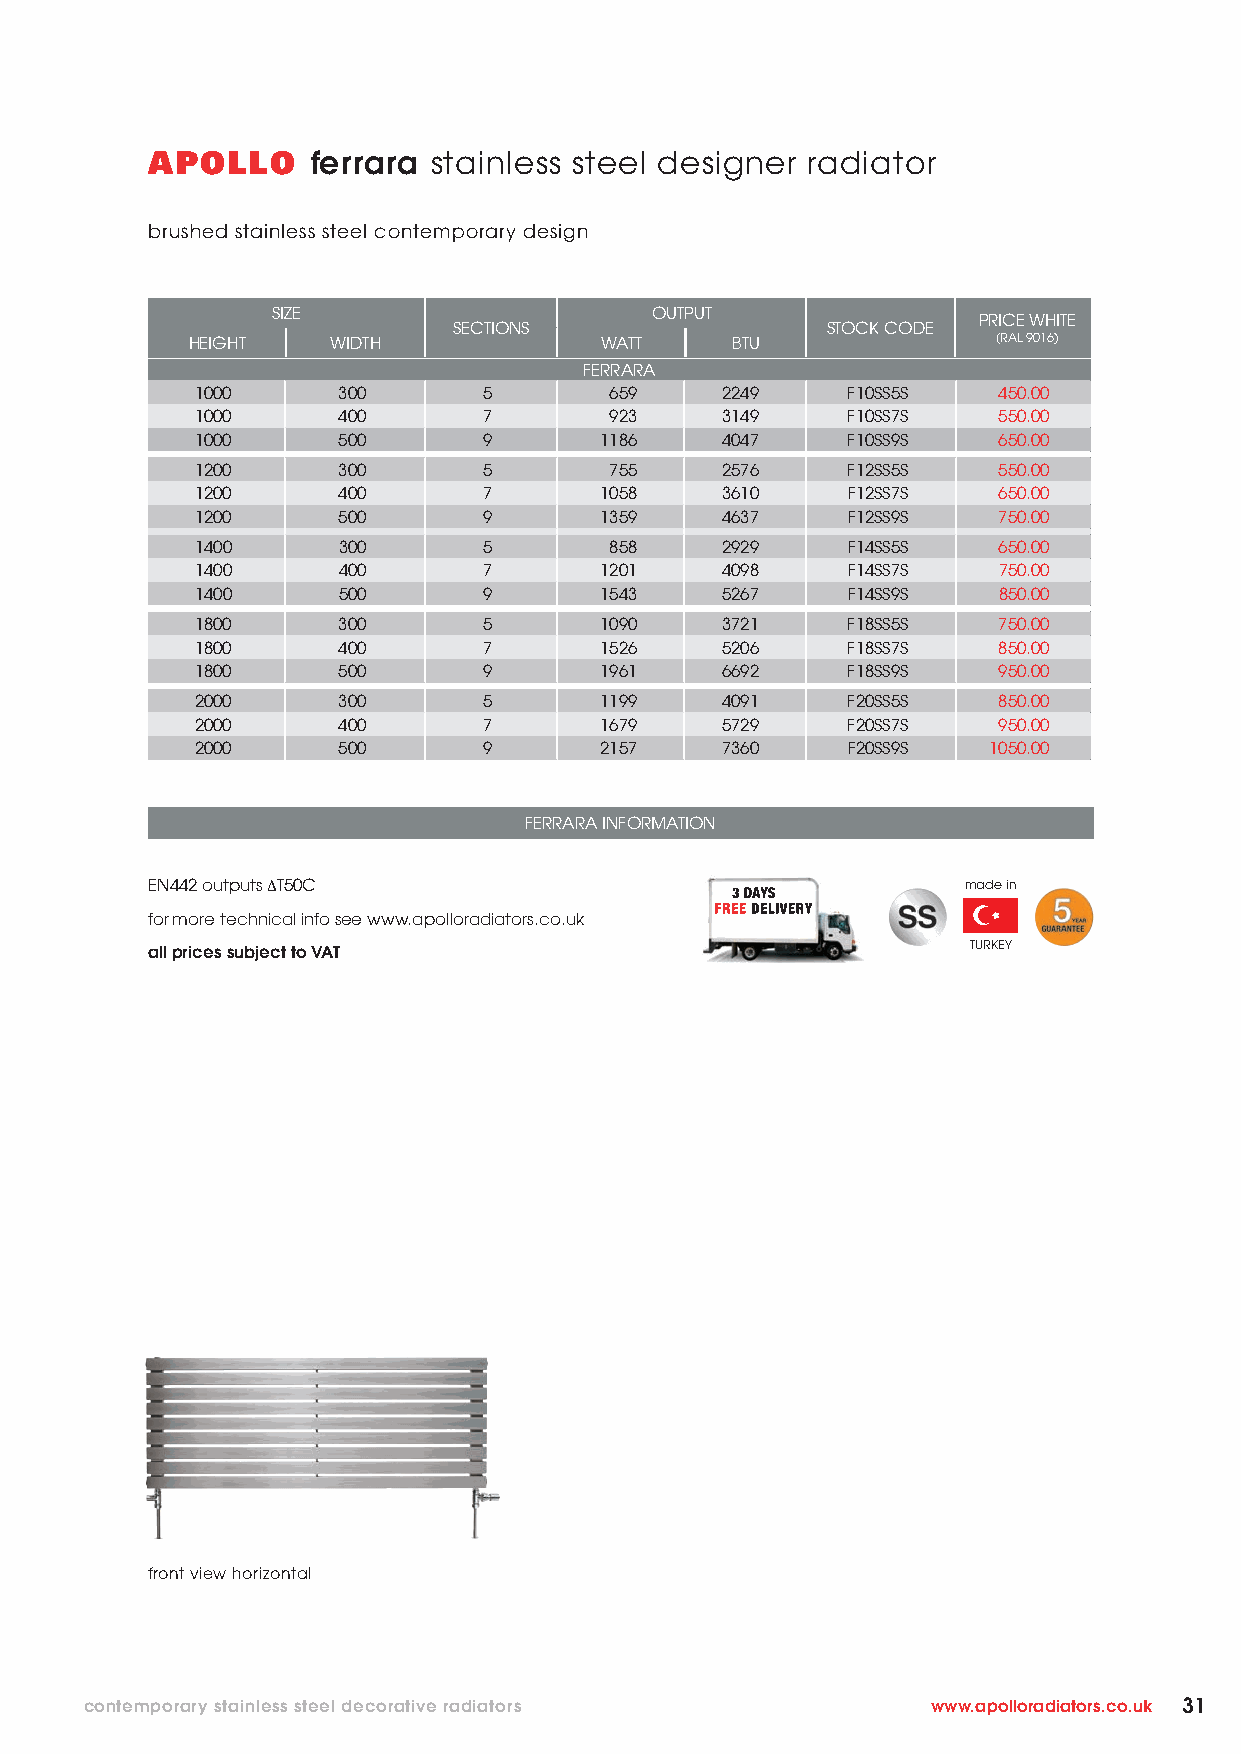
APOLLO     ferrara stainless steel designer radiator
 brushed stainless steel contemporary design
 SIZE                     OUTPUT
 PRICE WHITE
 SECTIONS                 STOCK CODE
 HEIGHT    WIDTH             WATT    BTU               (RAL 9016)
 FERRARA
 1000     300       5       659     2249    F10SS5S   450.00
 1000     400       7       923     3149    F10SS7S   550.00
 1000     500       9       1186    4047    F10SS9S   650.00
 1200     300       5       755     2576    F12SS5S   550.00
 1200     400       7       1058    3610    F12SS7S   650.00
 1200     500       9       1359    4637    F12SS9S   750.00
 1400     300       5       858     2929    F14SS5S   650.00
 1400     400       7       1201    4098    F14SS7S   750.00
 1400     500       9       1543    5267    F14SS9S   850.00
 1800     300       5       1090    3721    F18SS5S   750.00
 1800     400       7       1526    5206    F18SS7S   850.00
 1800     500       9       1961    6692    F18SS9S   950.00
 2000     300       5       1199    4091    F20SS5S   850.00
 2000     400       7       1679    5729    F20SS7S   950.00
 2000     500       9       2157    7360    F20SS9S  1050.00
 FERRARA INFORMATION
 EN442 outputs ΔT50C                                   made in
 for more technical info see www.apolloradiators.co.uk
 all prices subject to VAT                             TURKEY
 front view horizontal
 contemporary stainless steel decorative radiators       www.apolloradiators.co.uk 31